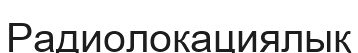
Радиолокациялық